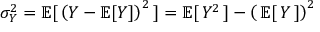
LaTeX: \sigma _ { Y } ^ { 2 } = \operatorname { \mathbb { E } } [ \, \left( Y - \operatorname { \mathbb { E } } [ Y ] \right) ^ { 2 } \, ] = \operatorname { \mathbb { E } } [ \, Y ^ { 2 } \, ] - \left( \, \operatorname { \mathbb { E } } [ \, Y \, ] \right) ^ { 2 }